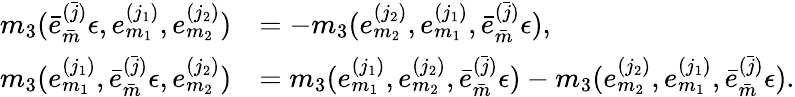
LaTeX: \begin{array}{rl}{m_{3}(\bar{e}_{\bar{m}}^{(\bar{j})}\epsilon,e_{m_{1}}^{(j_{1})},e_{m_{2}}^{(j_{2})})}&{=-m_{3}(e_{m_{2}}^{(j_{2})},e_{m_{1}}^{(j_{1})},\bar{e}_{\bar{m}}^{(\bar{j})}\epsilon),}\\ {m_{3}(e_{m_{1}}^{(j_{1})},\bar{e}_{\bar{m}}^{(\bar{j})}\epsilon,e_{m_{2}}^{(j_{2})})}&{=m_{3}(e_{m_{1}}^{(j_{1})},e_{m_{2}}^{(j_{2})},\bar{e}_{\bar{m}}^{(\bar{j})}\epsilon)-m_{3}(e_{m_{2}}^{(j_{2})},e_{m_{1}}^{(j_{1})},\bar{e}_{\bar{m}}^{(\bar{j})}\epsilon).}\end{array}